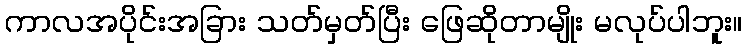
ကာလအပိုင်းအခြား သတ်မှတ်ပြီး ဖြေဆိုတာမျိုး မလုပ်ပါဘူး။